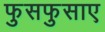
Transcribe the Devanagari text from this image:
फुसफुसाए